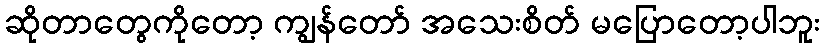
ဆိုတာတွေကိုတော့ ကျွန်တော် အသေးစိတ် မပြောတော့ပါဘူး